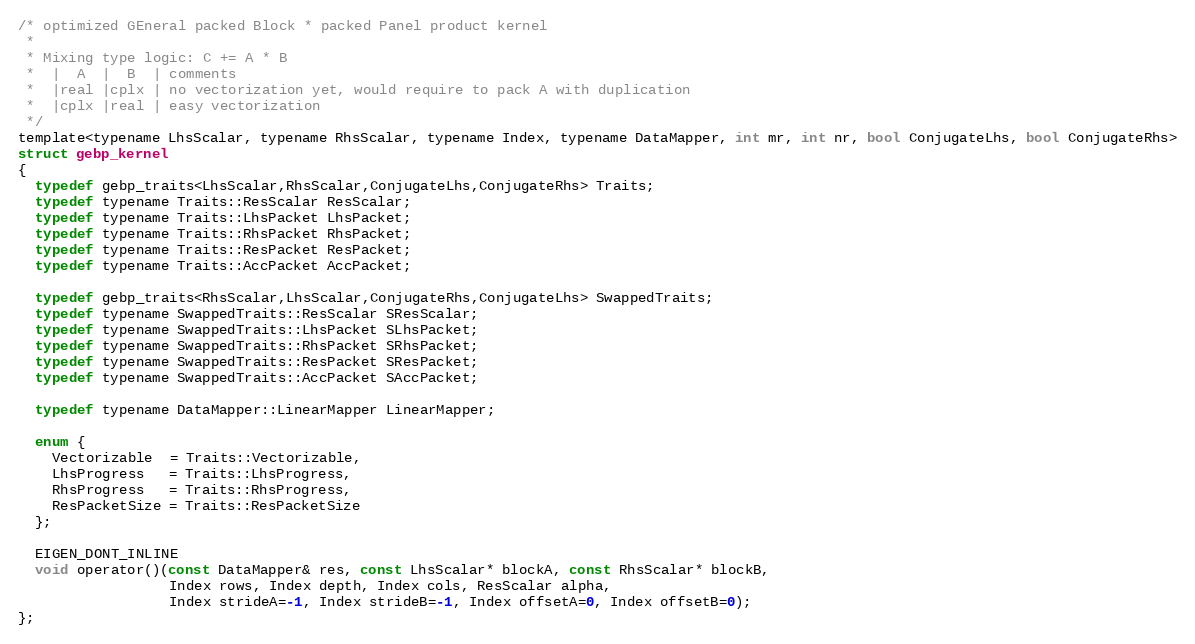
Language: C
/* optimized GEneral packed Block * packed Panel product kernel
 *
 * Mixing type logic: C += A * B
 *  |  A  |  B  | comments
 *  |real |cplx | no vectorization yet, would require to pack A with duplication
 *  |cplx |real | easy vectorization
 */
template<typename LhsScalar, typename RhsScalar, typename Index, typename DataMapper, int mr, int nr, bool ConjugateLhs, bool ConjugateRhs>
struct gebp_kernel
{
  typedef gebp_traits<LhsScalar,RhsScalar,ConjugateLhs,ConjugateRhs> Traits;
  typedef typename Traits::ResScalar ResScalar;
  typedef typename Traits::LhsPacket LhsPacket;
  typedef typename Traits::RhsPacket RhsPacket;
  typedef typename Traits::ResPacket ResPacket;
  typedef typename Traits::AccPacket AccPacket;

  typedef gebp_traits<RhsScalar,LhsScalar,ConjugateRhs,ConjugateLhs> SwappedTraits;
  typedef typename SwappedTraits::ResScalar SResScalar;
  typedef typename SwappedTraits::LhsPacket SLhsPacket;
  typedef typename SwappedTraits::RhsPacket SRhsPacket;
  typedef typename SwappedTraits::ResPacket SResPacket;
  typedef typename SwappedTraits::AccPacket SAccPacket;

  typedef typename DataMapper::LinearMapper LinearMapper;

  enum {
    Vectorizable  = Traits::Vectorizable,
    LhsProgress   = Traits::LhsProgress,
    RhsProgress   = Traits::RhsProgress,
    ResPacketSize = Traits::ResPacketSize
  };

  EIGEN_DONT_INLINE
  void operator()(const DataMapper& res, const LhsScalar* blockA, const RhsScalar* blockB,
                  Index rows, Index depth, Index cols, ResScalar alpha,
                  Index strideA=-1, Index strideB=-1, Index offsetA=0, Index offsetB=0);
};